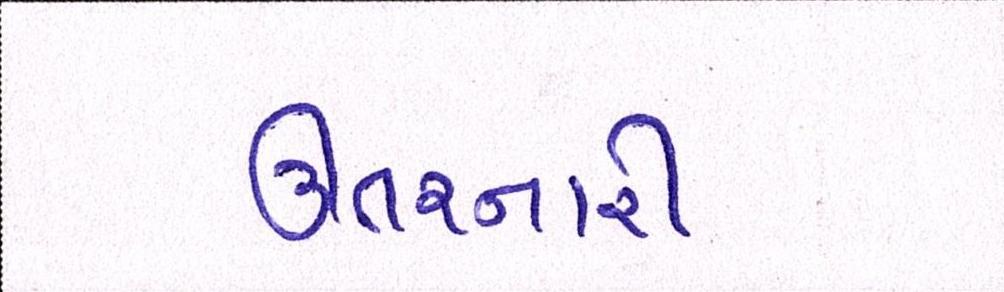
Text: ઊતરનારી